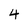
Character: 4